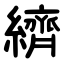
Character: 纃